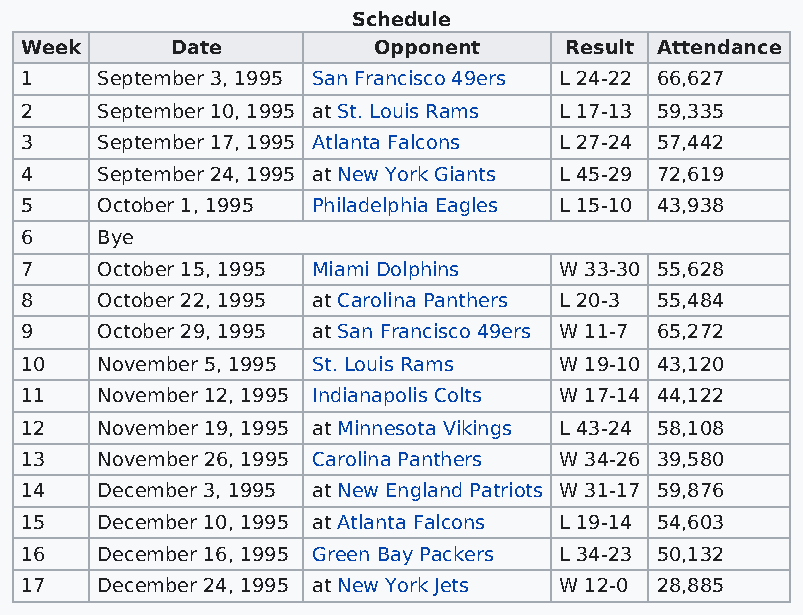
Schedule
 Week      Date          Opponent    Result Attendance
 1    September 3, 1995 San Francisco 49ers L 24-22 66,627
 2    September 10, 1995 at St. Louis Rams L 17-13 59,335
 3    September 17, 1995 Atlanta Falcons L 27-24 57,442
 4    September 24, 1995 at New York Giants L 45-29 72,619
 5    October 1, 1995 Philadelphia Eagles L 15-10 43,938
 6    Bye
 7    October 15, 1995 Miami Dolphins W 33-30 55,628
 8    October 22, 1995 at Carolina Panthers L 20-3 55,484
 9    October 29, 1995 at San Francisco 49ers W 11-7 65,272
 10   November 5, 1995 St. Louis Rams W 19-10 43,120
 11   November 12, 1995 Indianapolis Colts W 17-14 44,122
 12   November 19, 1995 at Minnesota Vikings L 43-24 58,108
 13   November 26, 1995 Carolina Panthers W 34-26 39,580
 14   December 3, 1995 at New England Patriots W 31-17 59,876
 15   December 10, 1995 at Atlanta Falcons L 19-14 54,603
 16   December 16, 1995 Green Bay Packers L 34-23 50,132
 17   December 24, 1995 at New York Jets W 12-0 28,885